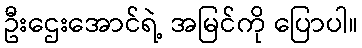
ဦးဌေးအောင်ရဲ့ အမြင်ကို ပြောပါ။